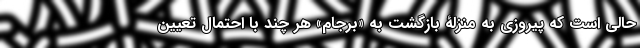
حالی است که پیروزی به منزلۀ بازگشت به «برجام» هر چند با احتمال تعیین